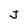
Character: j